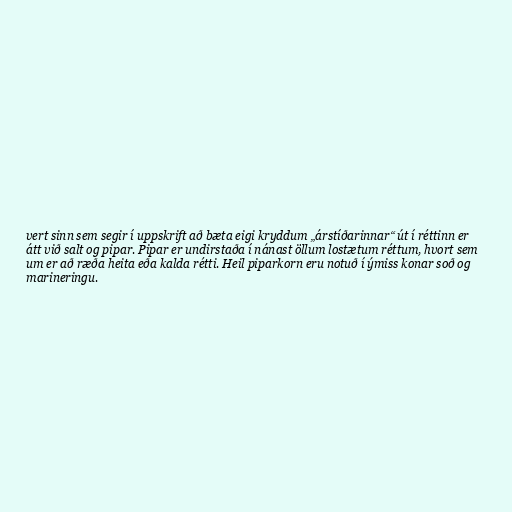
vert sinn sem segir í uppskrift að bæta eigi kryddum „árstíðarinnar“ út í réttinn er
átt við salt og pipar. Pipar er undirstaða í nánast öllum lostætum réttum, hvort sem
um er að ræða heita eða kalda rétti. Heil piparkorn eru notuð í ýmiss konar soð og
marineringu.